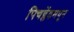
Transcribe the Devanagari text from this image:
पिचब्लेंडमधून